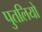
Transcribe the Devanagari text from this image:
पुतलियो